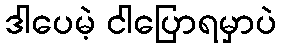
ဒါပေမဲ့ ငါပြောရမှာပဲ